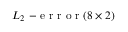
L _ { 2 } \mathrm { ~ - ~ e ~ r ~ r ~ o ~ r ~ } ( 8 \times 2 )